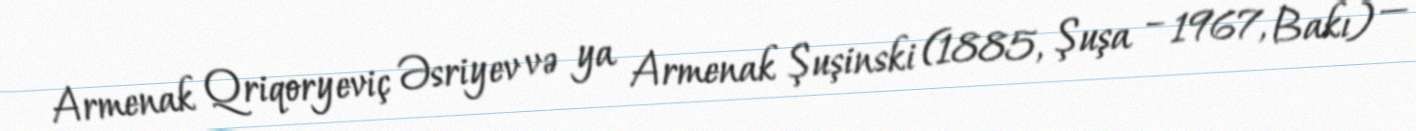
Armenak Qriqoryeviç Əsriyev və ya Armenak Şuşinski (1885, Şuşa – 1967, Bakı) —